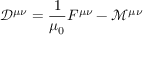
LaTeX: { \mathcal { D } } ^ { \mu \nu } = { \frac { 1 } { \mu _ { 0 } } } F ^ { \mu \nu } - { \mathcal { M } } ^ { \mu \nu }